Notes on vaccination in the North-West Frontier Province 1923-1928 - 1923-1928
Year: 1923
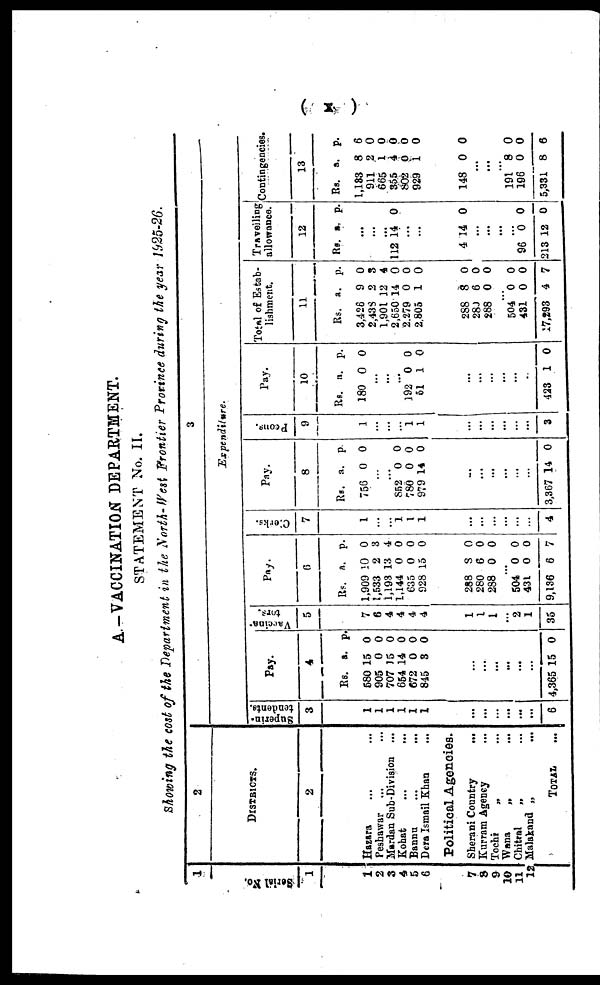
( x )
A.—VACCINATION DEPARTMENT.
STATEMENT No. II.
Showing the cost of the Department in the North-West Frontier Province during the year 1925-26.
1
Serial No.
1
1
2
3
4
5
6
7
8
9
10
11
12
2
DISTRICTS.
2
Hazara ... ...
Peshawar ... ...
Mardan Sub-Division ...
Kohat ... ...
Bannu
...
...
Dera Ismail Khan ...
Political Agencies.
Sherani Country
...
Kurram Agency ...
Tochi
„ ...
Wana
„
...
Chitral
„ ...
Malakand „
...
TOTAL ...
3
Expenditure.
Superin-
tendents.
3
1
1
1
1
1
1
...
...
...
...
...
...
6
Pay.
4
Rs.
580
905
707
654
672
845
a.
15
0
15
14
0
3
p.
0
0
0
0
0
0
...
...
...
...
...
...
4,365 15 0
Vaccina¬
tors.
5
7
6
4
4
4
4
1
1
1
...
2
1
35
Pay.
6
Rs.
1,909
1,533
1,193
1,144
635
928
a.
10
2
13
0
0
15
p.
0
3
4
0
0
0
288
280
288
8
6
0
0
0
0
...
504
431
9,136
0
0
6
0
0
7
Clerks.
7
1
...
...
1 1
1
...
...
...
...
...
...
4
Pay.
8
Rs.
756
a.
0
p.
0
...
...
852
80
979
0
0
14
0
0
0
...
...
...
...
...
...
3,367 14 0
Peons.
9
1
...
...
...
1
1
...
...
...
...
...
...
3
Pay.
10
Rs.
180
a.
0
p.
0
...
...
...
192
51
0
1
0
0
...
...
...
...
...
...
423 1 0
Total of Estab-
lishment.
11
Rs.
3,426
2,438
1,901
2,650
2,279
2,805
a.
9
2
12
14
0
1
p.
0
3
4
0
0
0
288
280
288
8
6
0
0
0
0
...
504
431
17,293
0
0
4
0
0
7
Travelling
allowance.
12
Rs. a. p.
...
...
...
112 14 0
...
...
4 14 0
...
...
...
...
96
213
0
12
0
0
Contingencies.
13
Rs.
1,133
911
665
355
802
929
a.
8
2
1
4
0
1
p.
6
0
0
0
0
0
148 0 0
...
...
...
191
196
5,331
8
0
8
0
0
6